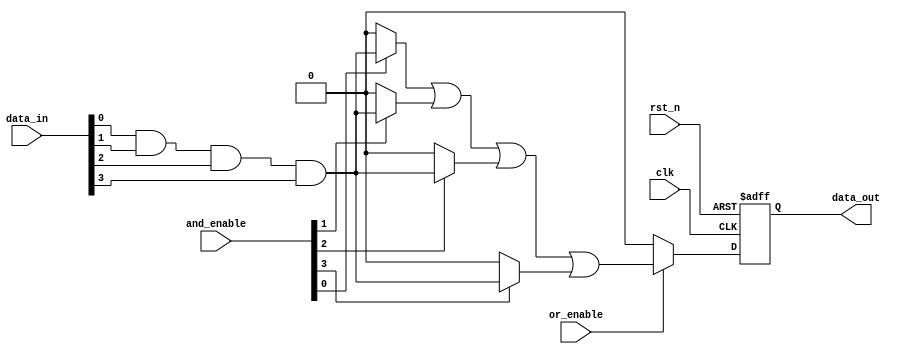
module RPAL #(
    parameter NUM_INPUTS = 4,      // Number of inputs
    parameter NUM_AND_TERMS = 4,    // Number of AND terms
    parameter NUM_OR_TERMS = 1       // Number of OR terms
)(
    input wire clk,                  // Clock signal
    input wire rst_n,                // Active low reset
    input wire [NUM_INPUTS-1:0] data_in, // Data inputs
    input wire [NUM_AND_TERMS-1:0] and_enable, // AND term enable signals
    input wire [NUM_OR_TERMS-1:0] or_enable,   // OR term enable signals
    output reg [NUM_OR_TERMS-1:0] data_out // Data outputs
);

// Internal signals for AND and OR arrays
wire [NUM_AND_TERMS-1:0] and_out;
wire [NUM_OR_TERMS-1:0] or_out;

// Programmable AND array
genvar i;
generate
    for (i = 0; i < NUM_AND_TERMS; i = i + 1) begin : and_array
        assign and_out[i] = and_enable[i] ? (data_in[0] & data_in[1] & data_in[2] & data_in[3]) : 1'b0; // Example AND logic
    end
endgenerate

// Programmable OR array
generate
    for (i = 0; i < NUM_OR_TERMS; i = i + 1) begin : or_array
        assign or_out[i] = or_enable[i] ? (and_out[0] | and_out[1] | and_out[2] | and_out[3]) : 1'b0; // Example OR logic
    end
endgenerate

// Output registers
always @(posedge clk or negedge rst_n) begin
    if (!rst_n) begin
        data_out <= 0; // Asynchronous reset
    end else begin
        data_out <= or_out; // Store OR output in registers
    end
end

endmodule